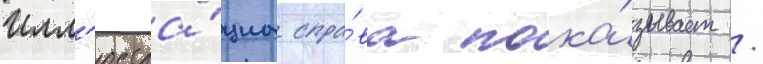
Илл'юстра́циа спра́ва пока́зывает /